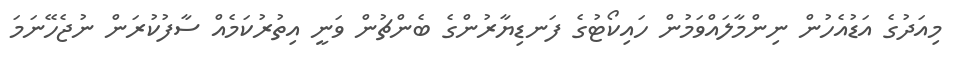
މިއަދުގެ އަޑުއެހުން ނިންމާލައްވަމުން ހައިކޯޓުގެ ފަނޑިޔާރުންގެ ބެންޗުން ވަނީ އިތުރުކަމެއް ސާފުކުރަން ނުޖެހޭނަމަ